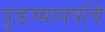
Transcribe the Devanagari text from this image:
पुडच्यावर्षाचे